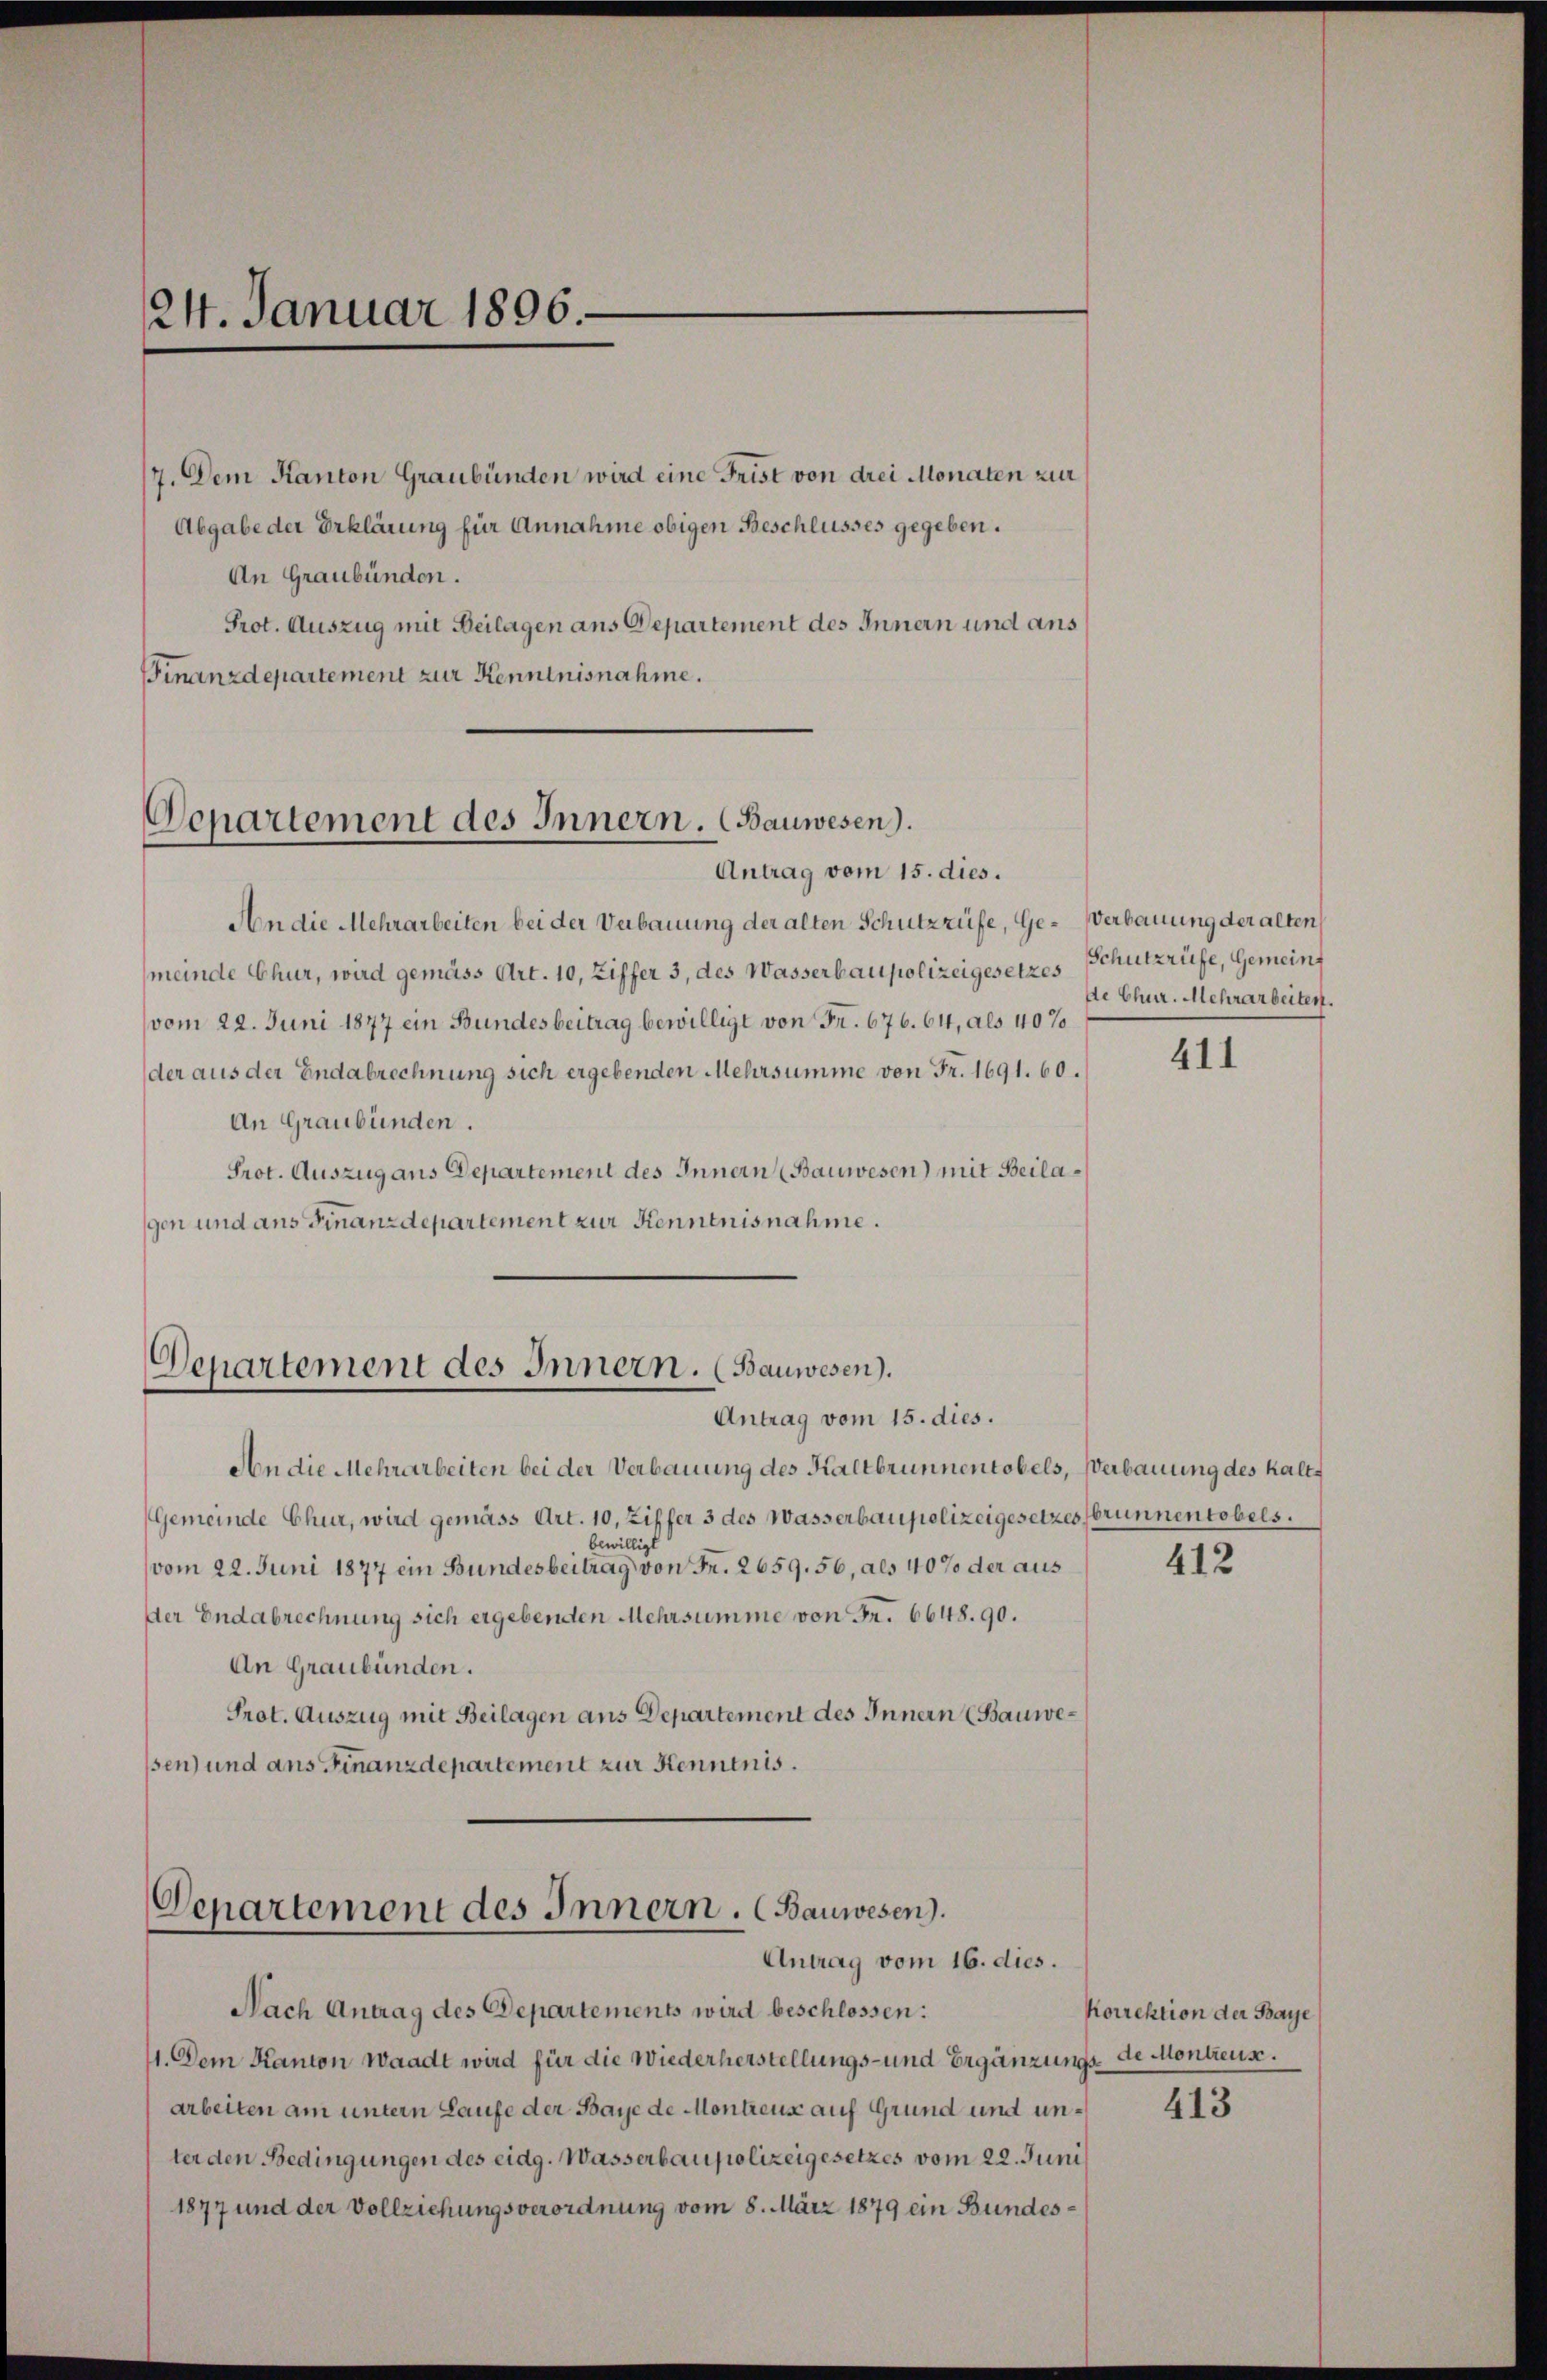
24. Januar 1896.

7. Dem Kanton Graubünden wird eine Frist von drei Monaten zur
Abgabe der Erklärung für Annahme obigen Beschlusses gegeben.
An Graubünden.
Prot. Auszug mit Beilagen ans Departement des Innern und aus
Finanzdepartement zur Kenntnisnahme.

An die Mehrarbeiten bei der Verbauung der alten Schutzzüfe, Ge- Verbauung der alten
meinde Chur, wird gemäss Art. 10, Ziffer 3, des Wasserbaupolizeigesetzes Schutzrüfe, Gemeinvom 22. Juni 1877 ein Bundesbeitrag bewilligt von Fr. 676. 64, als 40%
der aus der Endabrechnung sich ergebenden Mehrsumme von Fr. 1691. 60.
An Graubünden.
Prot. Auszug aus Departement des Innern (Bauwesen) mit Beilagen und ans Finanzdepartement zur Kenntnisnahme.

Departement des Innern. (Bauwesen).
Antrag vom 15. dies.

Departement des Innern. (Bauwesen).
Antrag vom 15. dies.

An die Mehrarbeiten bei der Verbauung des Haltbrunnentobels, Verbauung des kalt¬
Gemeinde Chur, wird gemäss Art. 10, Ziffer 3 des Wasserbaupolizeigesetzes brunnen tobels.
bewilligt
vom 22. Juni 1877 ein Bundesbeitrag von Fr. 2659. 56, als 40% der aus
Der Endabrechnung sich ergebenden Mehrsumme von Fr. 6648. 90.
An Graubünden.
Prot. Auszug mit Beilagen aus Departement des Innern (Bauwesen) und aus Finanzdepartement zur Kenntnis.

Departement des Innern. (Bauwesen).
Antrag vom 16. dies.

Nach Antrag des Departements wird beschlossen:
11. Dem Kanton Waadt wird für die Wiederherstellungs- und Ergänzungs- de Montreuss.
arbeiten am untern Laufe der Baye de Montreuse auf Grund und unter den Bedingungen des eidg. Wasserbaupolizeigesetzes vom 22. Juni
1877 und der Vollziehungsverordnung vom 8. März 1879 ein Bundes¬

de Chur. Mehrarbeiten.

411

412

Korrektion der Baye

413